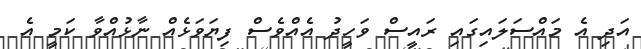
އަދި އެ މައްސަލައިގައި ރައީސް ވަހީދު އެއްވެސް ފިޔަވަޅެއް ނާޅުއްވާ ކަމީ އެ